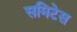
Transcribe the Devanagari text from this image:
समिटेस